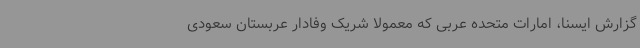
گزارش ایسنا، امارات متحده عربی که معمولا شریک وفادار عربستان سعودی